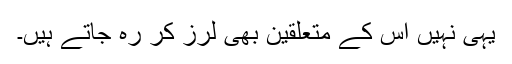
یہی نہیں اس کے متعلقین بھی لرز کر رہ جاتے ہیں۔